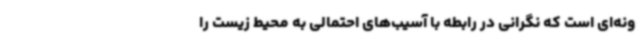
ونه‌ای است که نگرانی در رابطه با آسیب‌های احتمالی به محیط زیست را